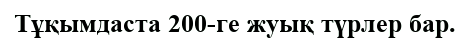
Тұқымдаста 200-ге жуық түрлер бар.